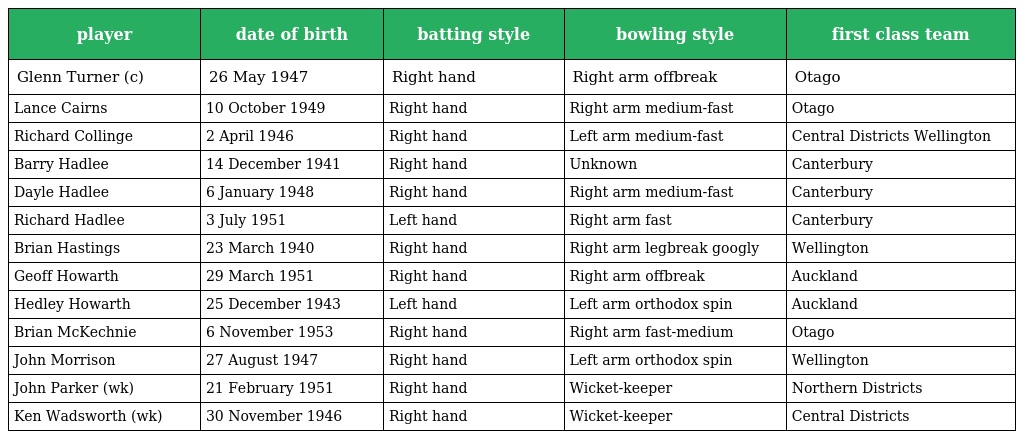
| player | date of birth | batting style | bowling style | first class team |
 | --- | --- | --- | --- | --- |
 | Glenn Turner (c) | 26 May 1947 | Right hand | Right arm offbreak | Otago |
 | Lance Cairns | 10 October 1949 | Right hand | Right arm medium-fast | Otago |
 | Richard Collinge | 2 April 1946 | Right hand | Left arm medium-fast | Central Districts Wellington |
 | Barry Hadlee | 14 December 1941 | Right hand | Unknown | Canterbury |
 | Dayle Hadlee | 6 January 1948 | Right hand | Right arm medium-fast | Canterbury |
 | Richard Hadlee | 3 July 1951 | Left hand | Right arm fast | Canterbury |
 | Brian Hastings | 23 March 1940 | Right hand | Right arm legbreak googly | Wellington |
 | Geoff Howarth | 29 March 1951 | Right hand | Right arm offbreak | Auckland |
 | Hedley Howarth | 25 December 1943 | Left hand | Left arm orthodox spin | Auckland |
 | Brian McKechnie | 6 November 1953 | Right hand | Right arm fast-medium | Otago |
 | John Morrison | 27 August 1947 | Right hand | Left arm orthodox spin | Wellington |
 | John Parker (wk) | 21 February 1951 | Right hand | Wicket-keeper | Northern Districts |
 | Ken Wadsworth (wk) | 30 November 1946 | Right hand | Wicket-keeper | Central Districts |